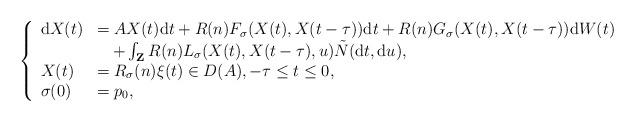
LaTeX: \begin{align*} \left\{ \begin{array}{ll} \mathrm{d}X(t)&=AX(t)\mathrm{d}t+R(n)F_{\sigma}(X(t),X(t-\tau))\mathrm{d}t+R(n)G_{\sigma}(X(t),X(t-\tau))\mathrm{d}W(t)\\&\quad+\int_{\mathbf{Z}}R(n)L_{\sigma}(X(t),X(t-\tau),u)\tilde{N}(\mathrm{d}t,\mathrm{d}u), \\X(t)&=R_{\sigma}(n)\xi(t)\in D(A),-\tau\leq t\leq0,\\\sigma(0)&=p_{0},\end{array} \right.\end{align*}